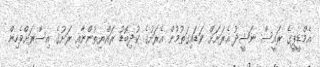
އެމްޑީޕީގެ ރައީސް ނަޝީދު އެރަށަށް ވަޑައިގަތުމުން އެރަށުގެ ކުދިބޮޑު ރައްޔިތުންނާއި ރަށުގެ އިސްރަށްވެހިން